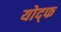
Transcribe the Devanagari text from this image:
योद्फ